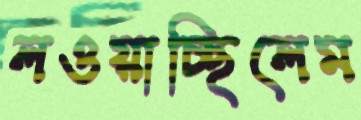
লওয়াচ্ছিলেম